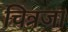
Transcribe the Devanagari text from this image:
चित्रजा